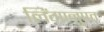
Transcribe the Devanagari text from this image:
लिंगानुपत